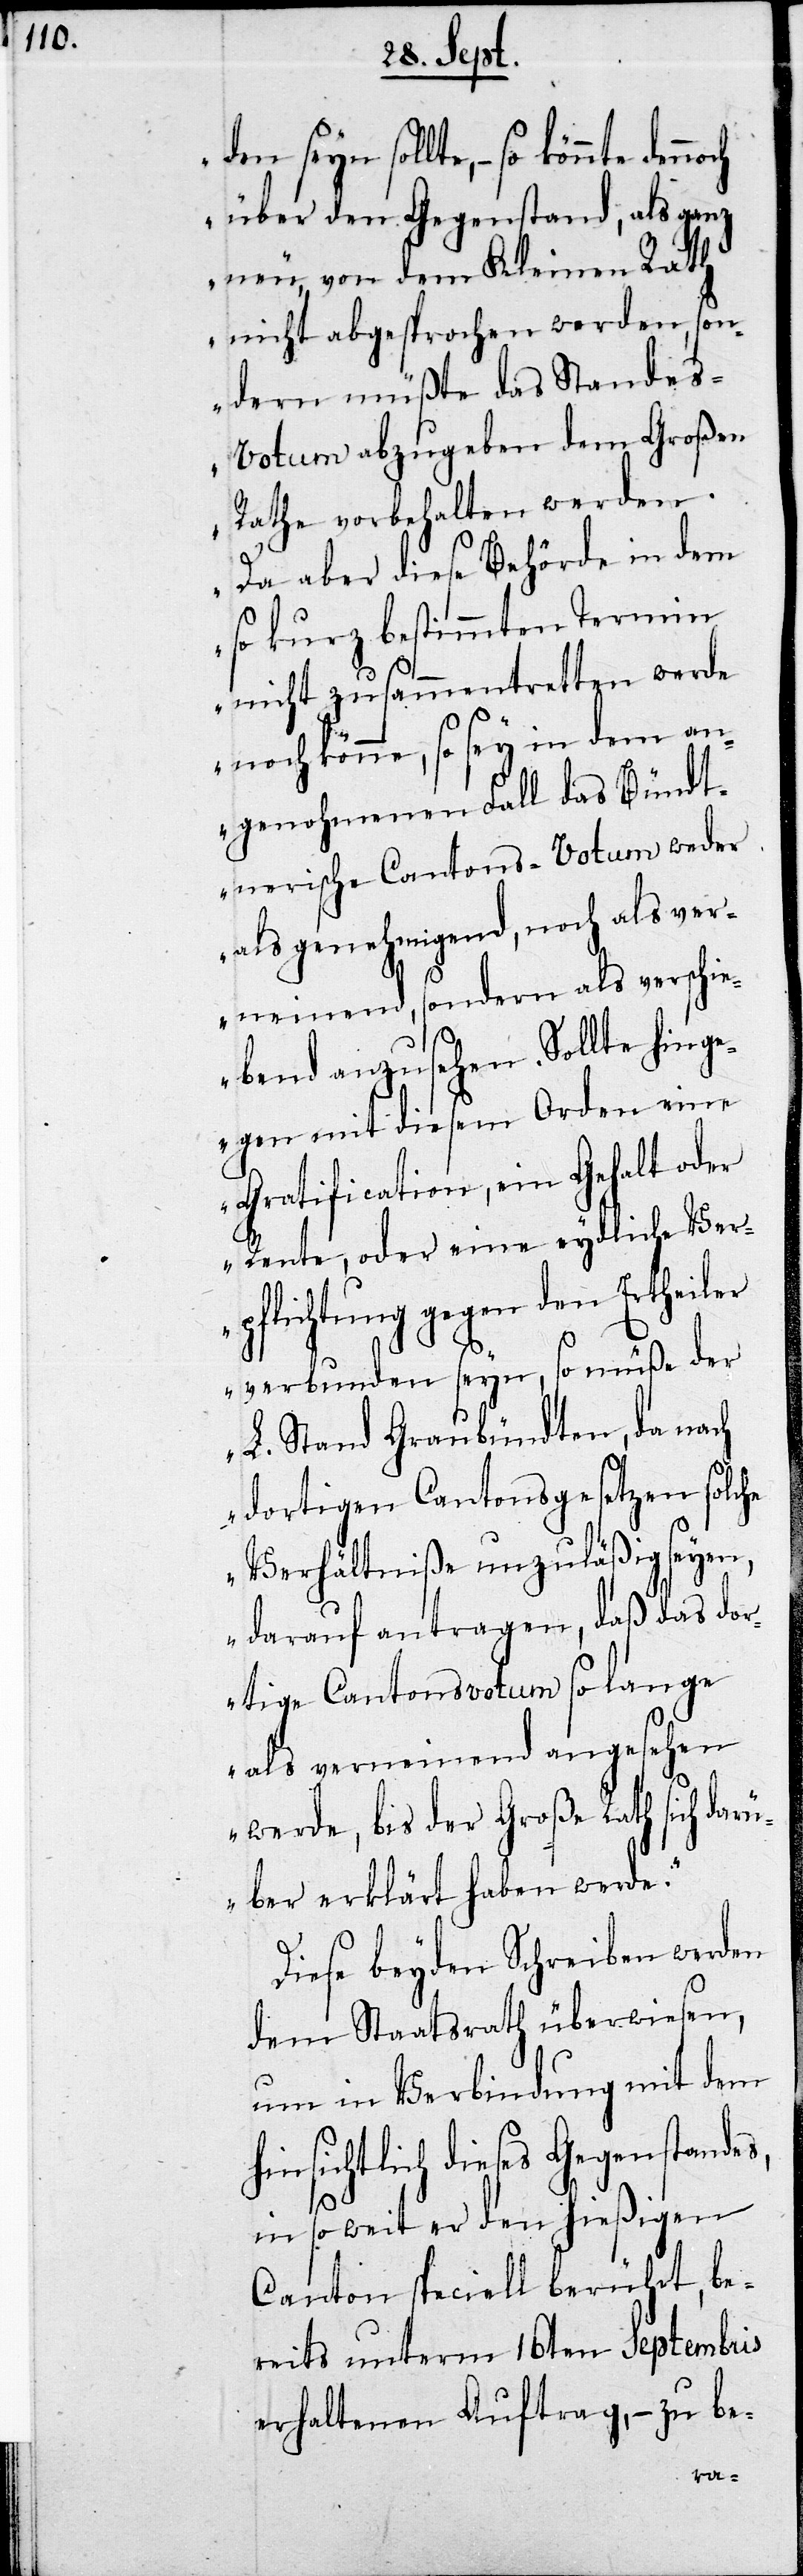
den seyn sollte, – so könnte
über den Gegenstand, als ganz
neu, von dem Kleinen Rath
nicht abgesprochen worden, son¬
dern müßte das Standes-V¬
otum abzugeben dem Großen
Rathe vorbehalten werden.
Da aber diese Behörde in dem
so kurz bestimmten Termin
nicht zusammentretten werde
noch könne, so sey in dem an¬
genohmenen Fall das Bündt¬
nerische Cantons-Votum weder
als genehmigend, noch als ver¬
neinend, sondern als verschie¬
bend anzusehen. Sollte hinge¬
gen mit diesem Orden eine
Gratification, ein Gehalt oder
Rente, oder eine eydliche Ver¬
pflichtung gegen den
verbunden sey, so müße der
L. Stand Graubündten, da nach
dortigen Cantonsgesetzen solche
Verhältniße unzuläßig seyen,
darauf antragen, daß das dor¬
tige Cantonsvotum so lange
als verneinend angesehen
werde, bis der Große Rath sich dar¬
über erklärt haben werde.“
Diese beyden Schreiben werden
dem Staatrath überwiesen,
um in Verbindung mit dem
hinsichtlich dieses Gegenstandes,
in so weit er den hießigen
Canton speciell berührt, be¬
reits unterm 16ten Septembris
erhaltenen Auftrag, – zu be-